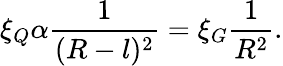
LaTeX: \xi_{Q}\alpha\frac{1}{(R-l)^{2}}=\xi_{G}\frac{1}{R^{2}}.